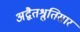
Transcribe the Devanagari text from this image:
अद्वैतश्रुतिसार